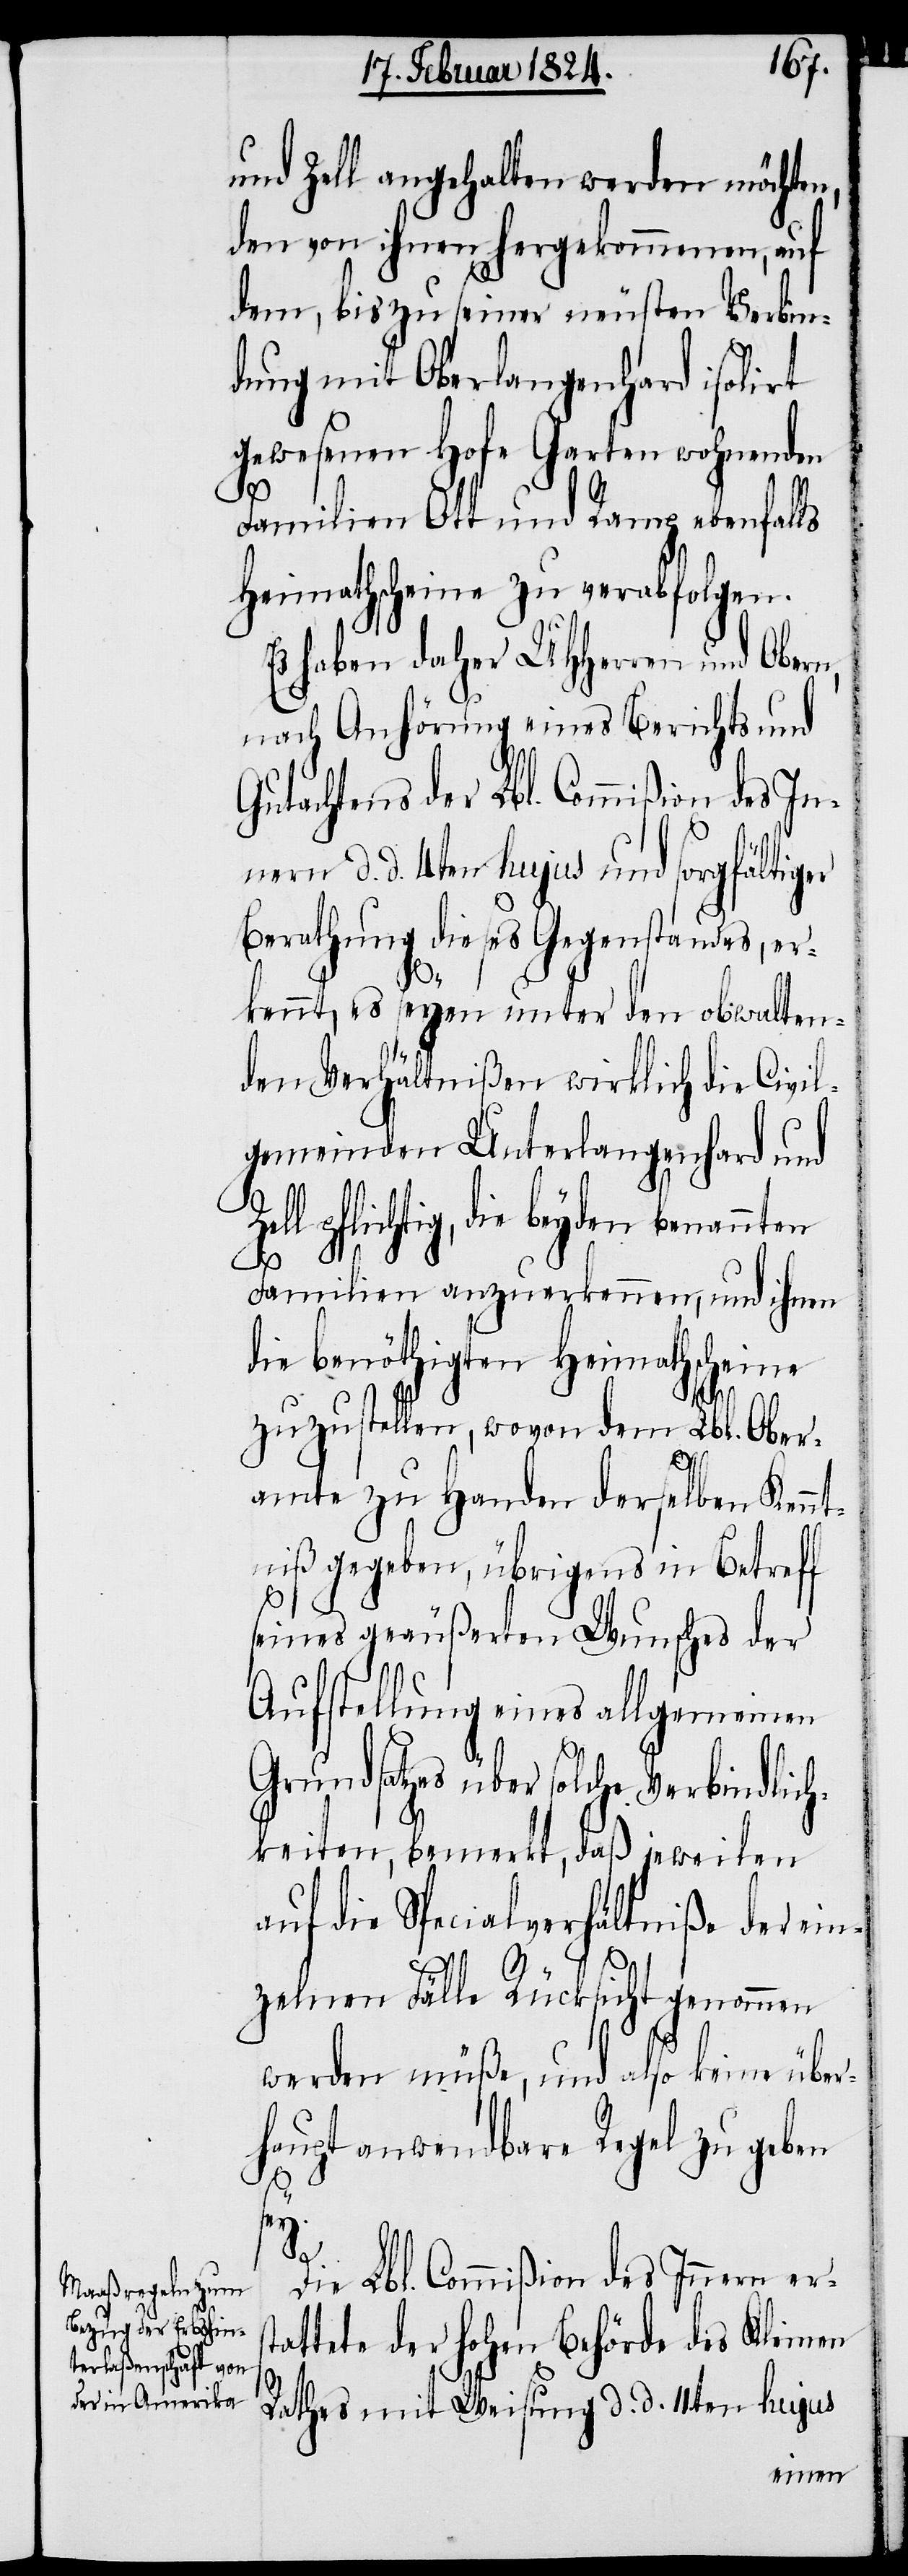
und Zell angehalten werden möchten,
den von ihnen hergekommenen, auf
dem, bis zu seiner neusten Verbin¬
dung mit Oberlangenhard isolirt
gewesenen Hofe Garten wohnenden
Familien Ott und Ramp ebenfalls
Heimathscheine zu verabfolgen.
Es haben daher UHHerren und Obern,
nach Anhörung eines Berichts und
Gutachtens der Lbl. Commißion des In¬
nern d. d. 4ten hujus und sorgfältiger
Berathung dieses Gegenstandes, er¬
Zel¬
kennt, es seyen unter den obwalten¬
den Verhältnißen wirklich die Civil¬
gemeinden Unterlangenhard und
l pflichtig, die beyden benannten
Familien anzuerkennen, und ihnen
die benöthigten Heimathscheine
zuzustellen, wovon dem Lbl. Ober¬
amte zu Handen derselben Kennt¬
niß gegeben, übrigens in Betreff
seines geäußerten Wunsches der
Aufstellung eines allgemeinen
Grundsatzes über solche Verbindlic¬
hkeiten, bemerkt, daß jeweilen
auf die Specialverhältniße der ein¬
zelnen Fälle Rücksicht genommen
werden müße, und also keine über¬
haupt anwendbare Regel zu geben
Die Lbl. Commißion des Innern ers¬
tattete der hohen Behörde des Kleinen
Rathes mit Weisung d. d. 11ten hujus